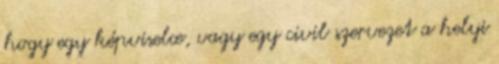
hogy egy képviselœ, vagy egy civil szervezet a helyi